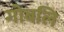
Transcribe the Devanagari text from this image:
गोबलि